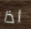
اذا